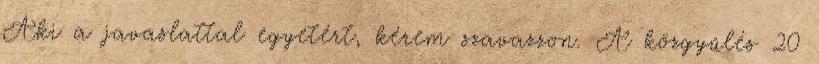
Aki a javaslattal egyetért, kérem szavazzon. A közgyűlés 20